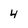
Character: 4